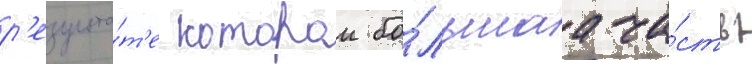
р'езульта́т'е которои бо́льшаа ча́сть